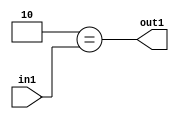
`timescale 1ps / 1ps
/*****************************************************************************
    Verilog RTL Description
    
    
    Created by: Stratus DpOpt 2019.1.01 
*******************************************************************************/

module feature_write_addr_gen_Eqi2u8_1 (
	in1,
	out1
	); /* architecture "behavioural" */ 
input [7:0] in1;
output  out1;
wire  asc001;

assign asc001 = (13'B0000000000010==in1);

assign out1 = asc001;
endmodule

/* CADENCE  urj5TwA= : u9/ySgnWtBlWxVPRXgAZ4Og= ** DO NOT EDIT THIS LINE ******/